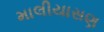
માલીયાસણ